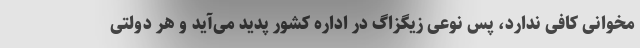
مخوانی کافی ندارد، پس نوعی زیگزاگ در اداره کشور پدید می‌آید و هر دولتی